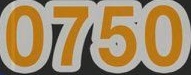
0750